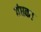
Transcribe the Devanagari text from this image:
गंधक।